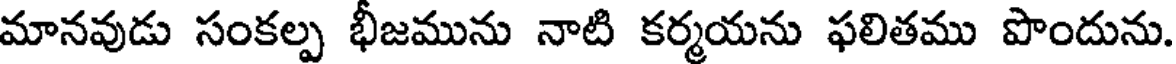
మానవుడు సంకల్ప భీజమును నాటి కర్మయను ఫలితము పొందును.